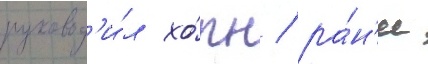
руковод'и́л хо́рн / ра́н'ее